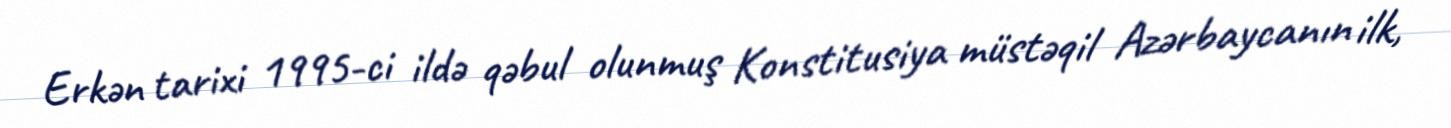
Erkən tarixi 1995-ci ildə qəbul olunmuş Konstitusiya müstəqil Azərbaycanın ilk,